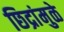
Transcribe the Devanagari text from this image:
छिद्रांमुळे